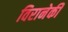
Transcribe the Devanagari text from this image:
विरानेकी